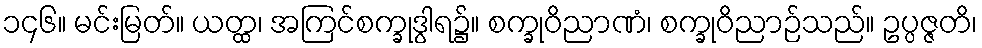
၁၄၆။ မင်းမြတ်။ ယတ္ထ၊ အကြင်စက္ခုဒွါရ၌။ စက္ခုဝိညာဏံ၊ စက္ခုဝိညာဉ်သည်။ ဥပ္ပဇ္ဇတိ၊